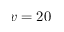
v = 2 0